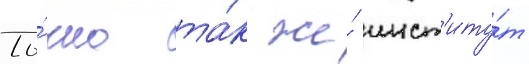
То́чно та́к же́ инст'иту́т